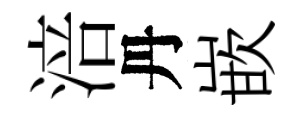
涪丹嵌